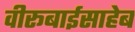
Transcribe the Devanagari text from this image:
वीरूबाईसाहेब